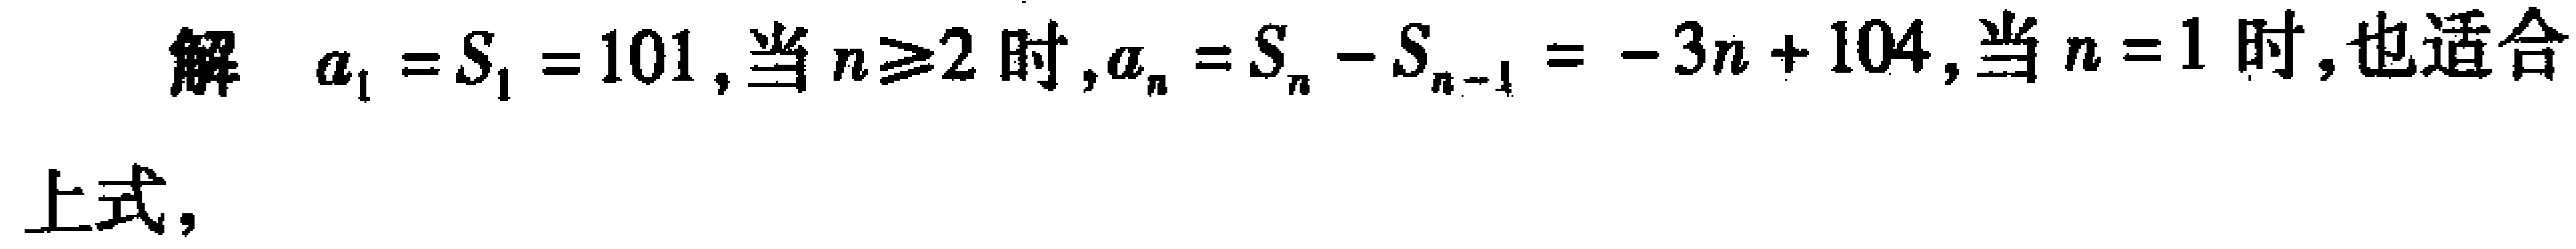
解 \(a_{1}=S_{1}=101\),当 \(n\geq2\) 时,\(a_{n}=S_{n}-S_{n - 1}=-3n + 104\),当 \(n = 1\) 时,也适合
上式,